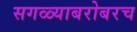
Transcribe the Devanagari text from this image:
सगळ्याबरोबरच